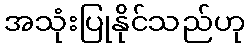
အသုံးပြုနိုင်သည်ဟု